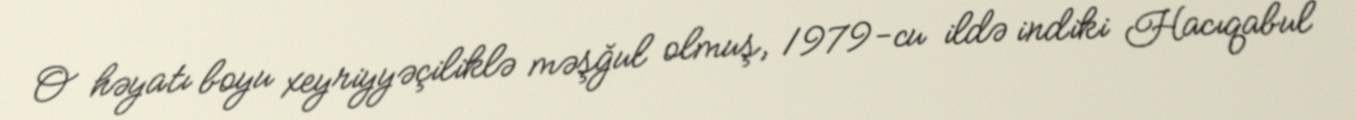
O həyatı boyu xeyriyyəçiliklə məşğul olmuş, 1979-cu ildə indiki Hacıqabul